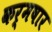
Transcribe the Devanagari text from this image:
कर्मषार